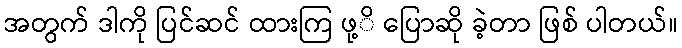
အတွက် ဒါကို ပြင်ဆင် ထားကြ ဖု့ိ ပြောဆို ခဲ့တာ ဖြစ် ပါတယ်။